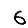
Digit: 6